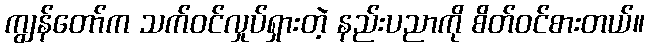
ကျွန်တော်က သက်ဝင်လှုပ်ရှားတဲ့ နည်းပညာကို စိတ်ဝင်စားတယ်။